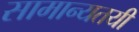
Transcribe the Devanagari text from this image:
सामान्यतयी